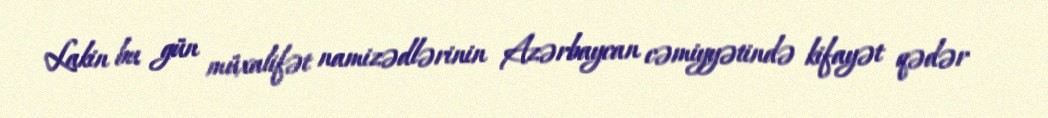
Lakin bu gün müxalifət namizədlərinin Azərbaycan cəmiyyətində kifayət qədər